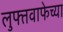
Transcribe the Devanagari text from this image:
लुफ्तवाफेच्या